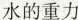
水的重力